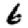
Digit: 6